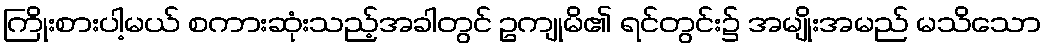
ကြိုးစားပါ့မယ် စကားဆုံးသည့်အခါတွင် ဥကျုမိ၏ ရင်တွင်း၌ အမျိုးအမည် မသိသော